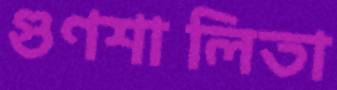
গুণশালিতা